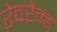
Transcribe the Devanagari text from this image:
रेवरेन्ड